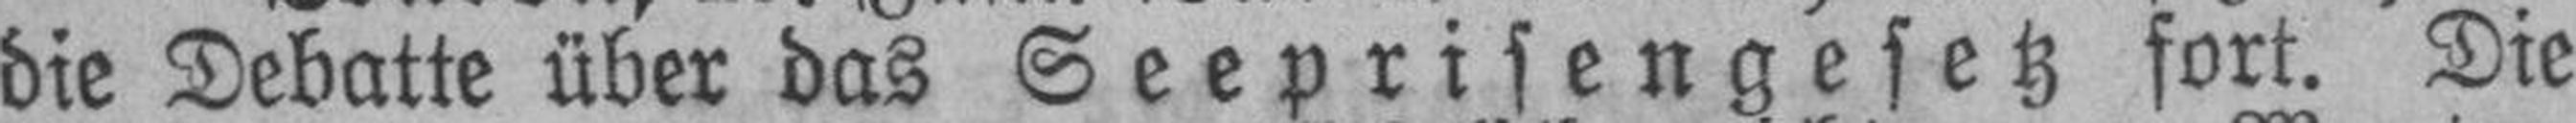
die Debatte über das Seeprisengesetz fort. Die